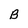
Character: B